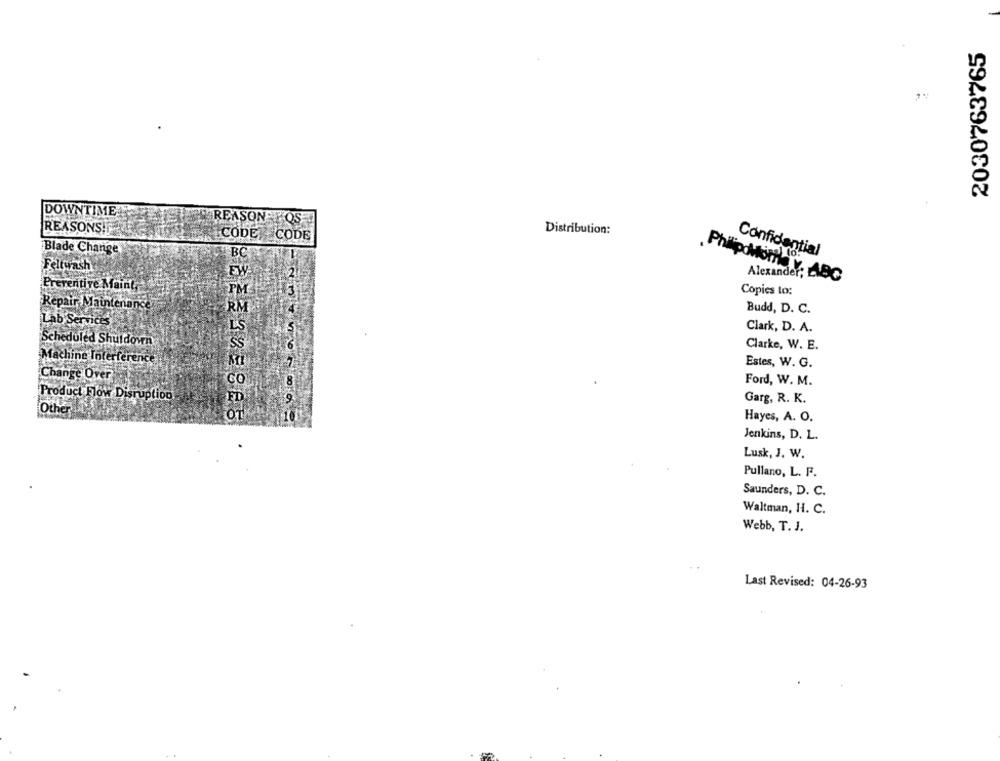
2030763765
DOWNTIME
REASON POS
REASONS!
CODE CODE
Distribution:
Blade Change
BC
Confidential
Feltwash
EW
2.
Alexander
Philipottotile v. ABC
Preventive Maint,
PM
Copies to:
Repair Maintenance
Budd, D. C.
Lab Services
L'S
Clark, D. A.
Scheduled Shutdown
Clarke, W. E.
Machine Interference
Estes, W. G.
Change Over
8
Ford, W. M.
Product Flow Disruption
Garg, R. K.
Other
OT
10
Hayes, A. O.
Jenkins, D. L.
Lusk, J. W.
Pullano, L. F.
Saunders, D. C.
Waltman, H. C.
Webb, T. J.
Last Revised: 04-26-93